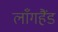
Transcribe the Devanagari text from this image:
लाँगहैंड